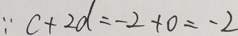
\because c = 2 d = - 2 + 0 = - 2